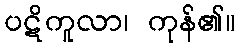
ပဋိကူလာ၊ ကုန်၏။